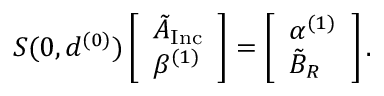
S ( 0 , d ^ { ( 0 ) } ) \left[ \begin{array} { l } { \tilde { A } _ { \mathrm { I n c } } } \\ { \beta ^ { ( 1 ) } } \end{array} \right] = \left[ \begin{array} { l } { \alpha ^ { ( 1 ) } } \\ { \tilde { B } _ { R } } \end{array} \right] .